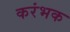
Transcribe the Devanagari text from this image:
करंभक